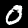
Label: 0